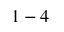
1 - 4